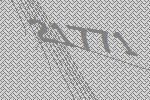
21771